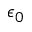
\epsilon _ { 0 }